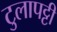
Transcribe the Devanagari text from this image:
टुलापट्टी